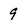
Character: 9